Civil Veterinary Department Bengal reports 1933-51 - 1933-1951
Year: 1933
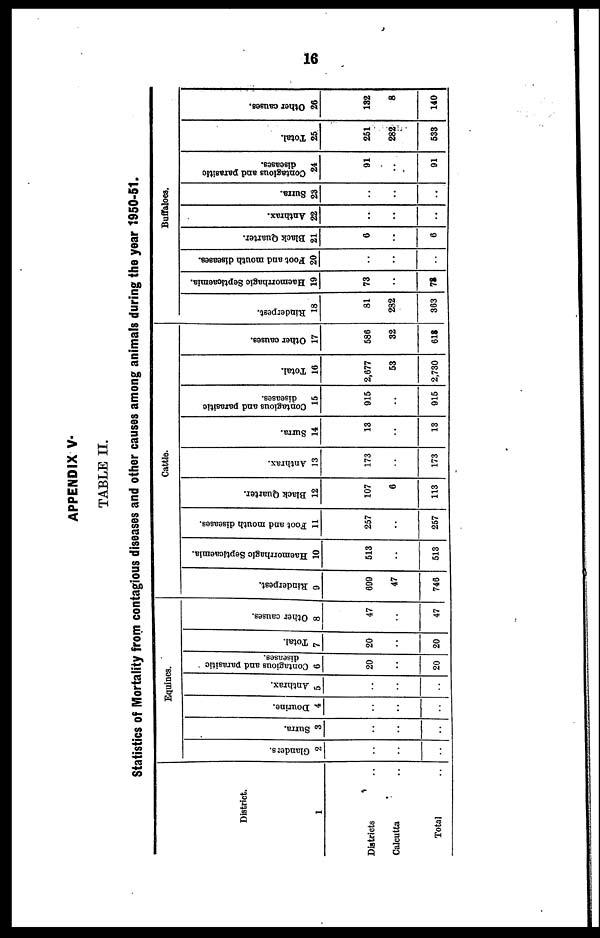
16
APPENDIX V.
TABLE II.
Statistics of Mortality from contagious diseases and other causes among animals during the year 1950-51.
District.
1
Districts
Calcutta ..
Total
Equines.
Glanders.
2
..
..
..
Surra.
3
..
..
..
Dourine.
4
..
..
..
Anthrax.
5
..
..
..
Contagious and parasitic
diseases.
6
20
..
20
Total.
7
20
..
20
Other causes.
8
47
..
47
Cattle.
Rinderpest.
9
699
47
746
Hacmorrhagic Septicaemia.
10
513
..
513
Foot and mouth diseases.
11
257
..
257
Black Quarter.
12
107
6
113
Anthrax.
13
173
..
173
Surra.
14
13
..
13
Contagious and parasitic
diseases.
15
915
..
915
Total.
16
2,677
53
2,730
Other causes.
17
586
32
618
Buffaloes.
Rinderpest.
18
81
282
363
Haemorrbagic Septicaemia.
19
73
..
78
Foot and mouth diseases.
20
..
..
..
Black Quarter.
21
6
..
6
Anthrax.
22
..
..
..
Surra.
23
..
..
..
Contagious and parasitic
diseases.
24
91
..
91
Total.
25
251
282
538
Other causes.
26
182
8
140